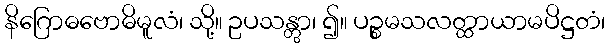
နိဂြောဓဗောဓိမူလံ၊ သို့။ ဥပသန္တွာ၊ ၍။ ပဉ္စမသလတ္ထာယာမပိဋ္ဌတံ၊